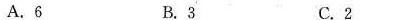
()A.6 B.3 C.2